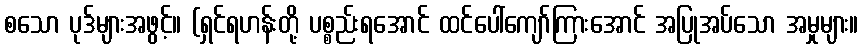
စသော ပုဒ်များအဖွင့်။ (ရှင်ရဟန်းတို့ ပစ္စည်းရအောင် ထင်ပေါ်ကျော်ကြားအောင် အပြုအပ်သော အမှုများ။